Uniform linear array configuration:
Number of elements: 12
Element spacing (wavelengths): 1
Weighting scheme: binomial
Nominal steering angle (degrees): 60
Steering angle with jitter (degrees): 60.621
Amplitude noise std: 0.05
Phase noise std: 0.05

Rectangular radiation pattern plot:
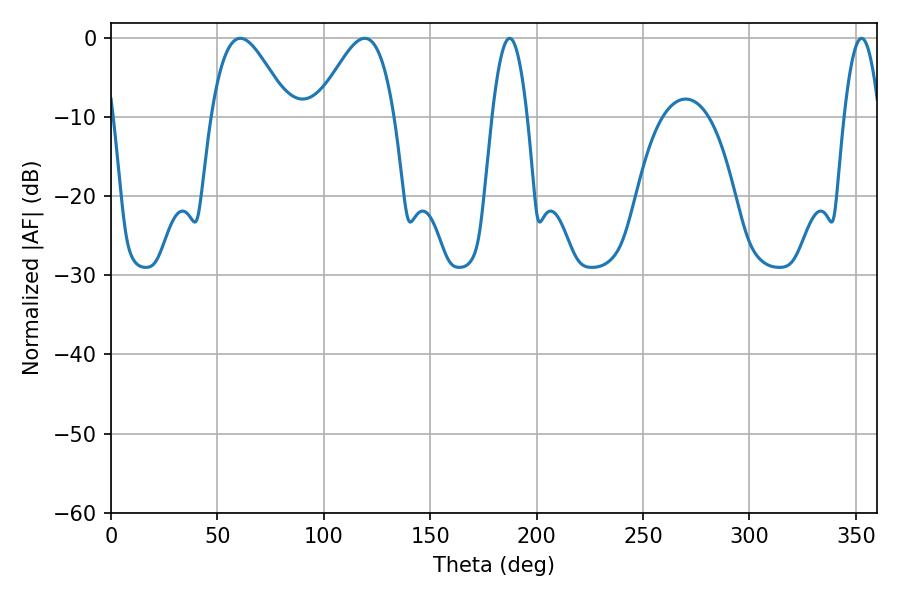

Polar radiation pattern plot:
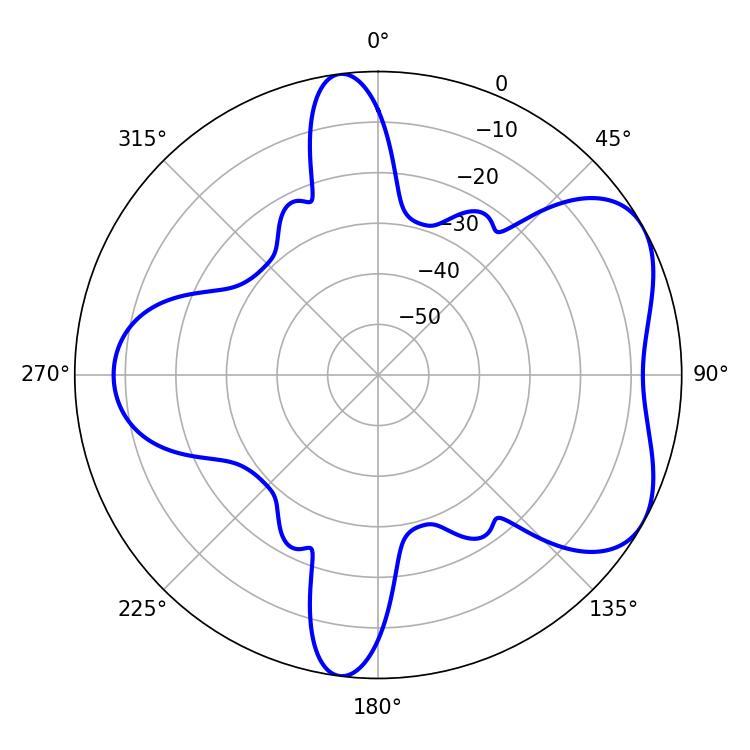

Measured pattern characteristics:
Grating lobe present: TRUE
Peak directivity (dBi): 5.419
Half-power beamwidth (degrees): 19.62
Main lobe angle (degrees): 60.84